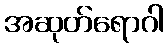
အဆုတ်ရောဂါ